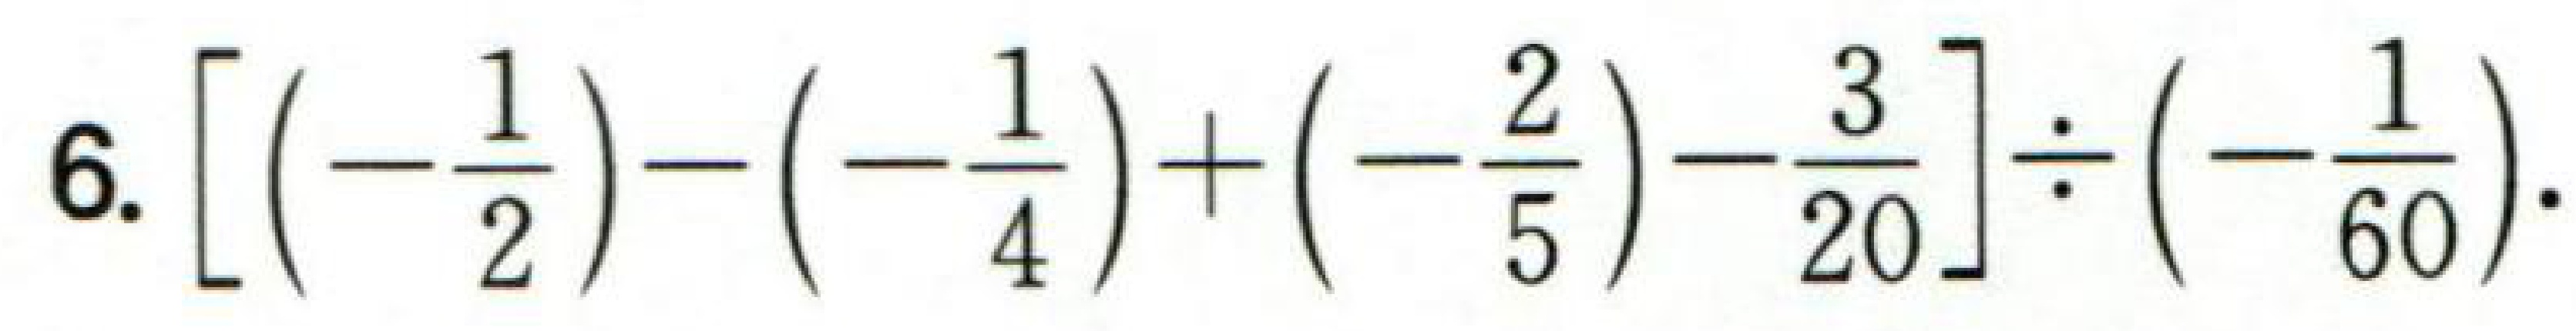
\[ \left[\left(-\frac{1}{2}\right)-\left(-\frac{1}{4}\right)+\left(-\frac{2}{5}\right)-\frac{3}{20}\right]\div\left(-\frac{1}{60}\right). \]